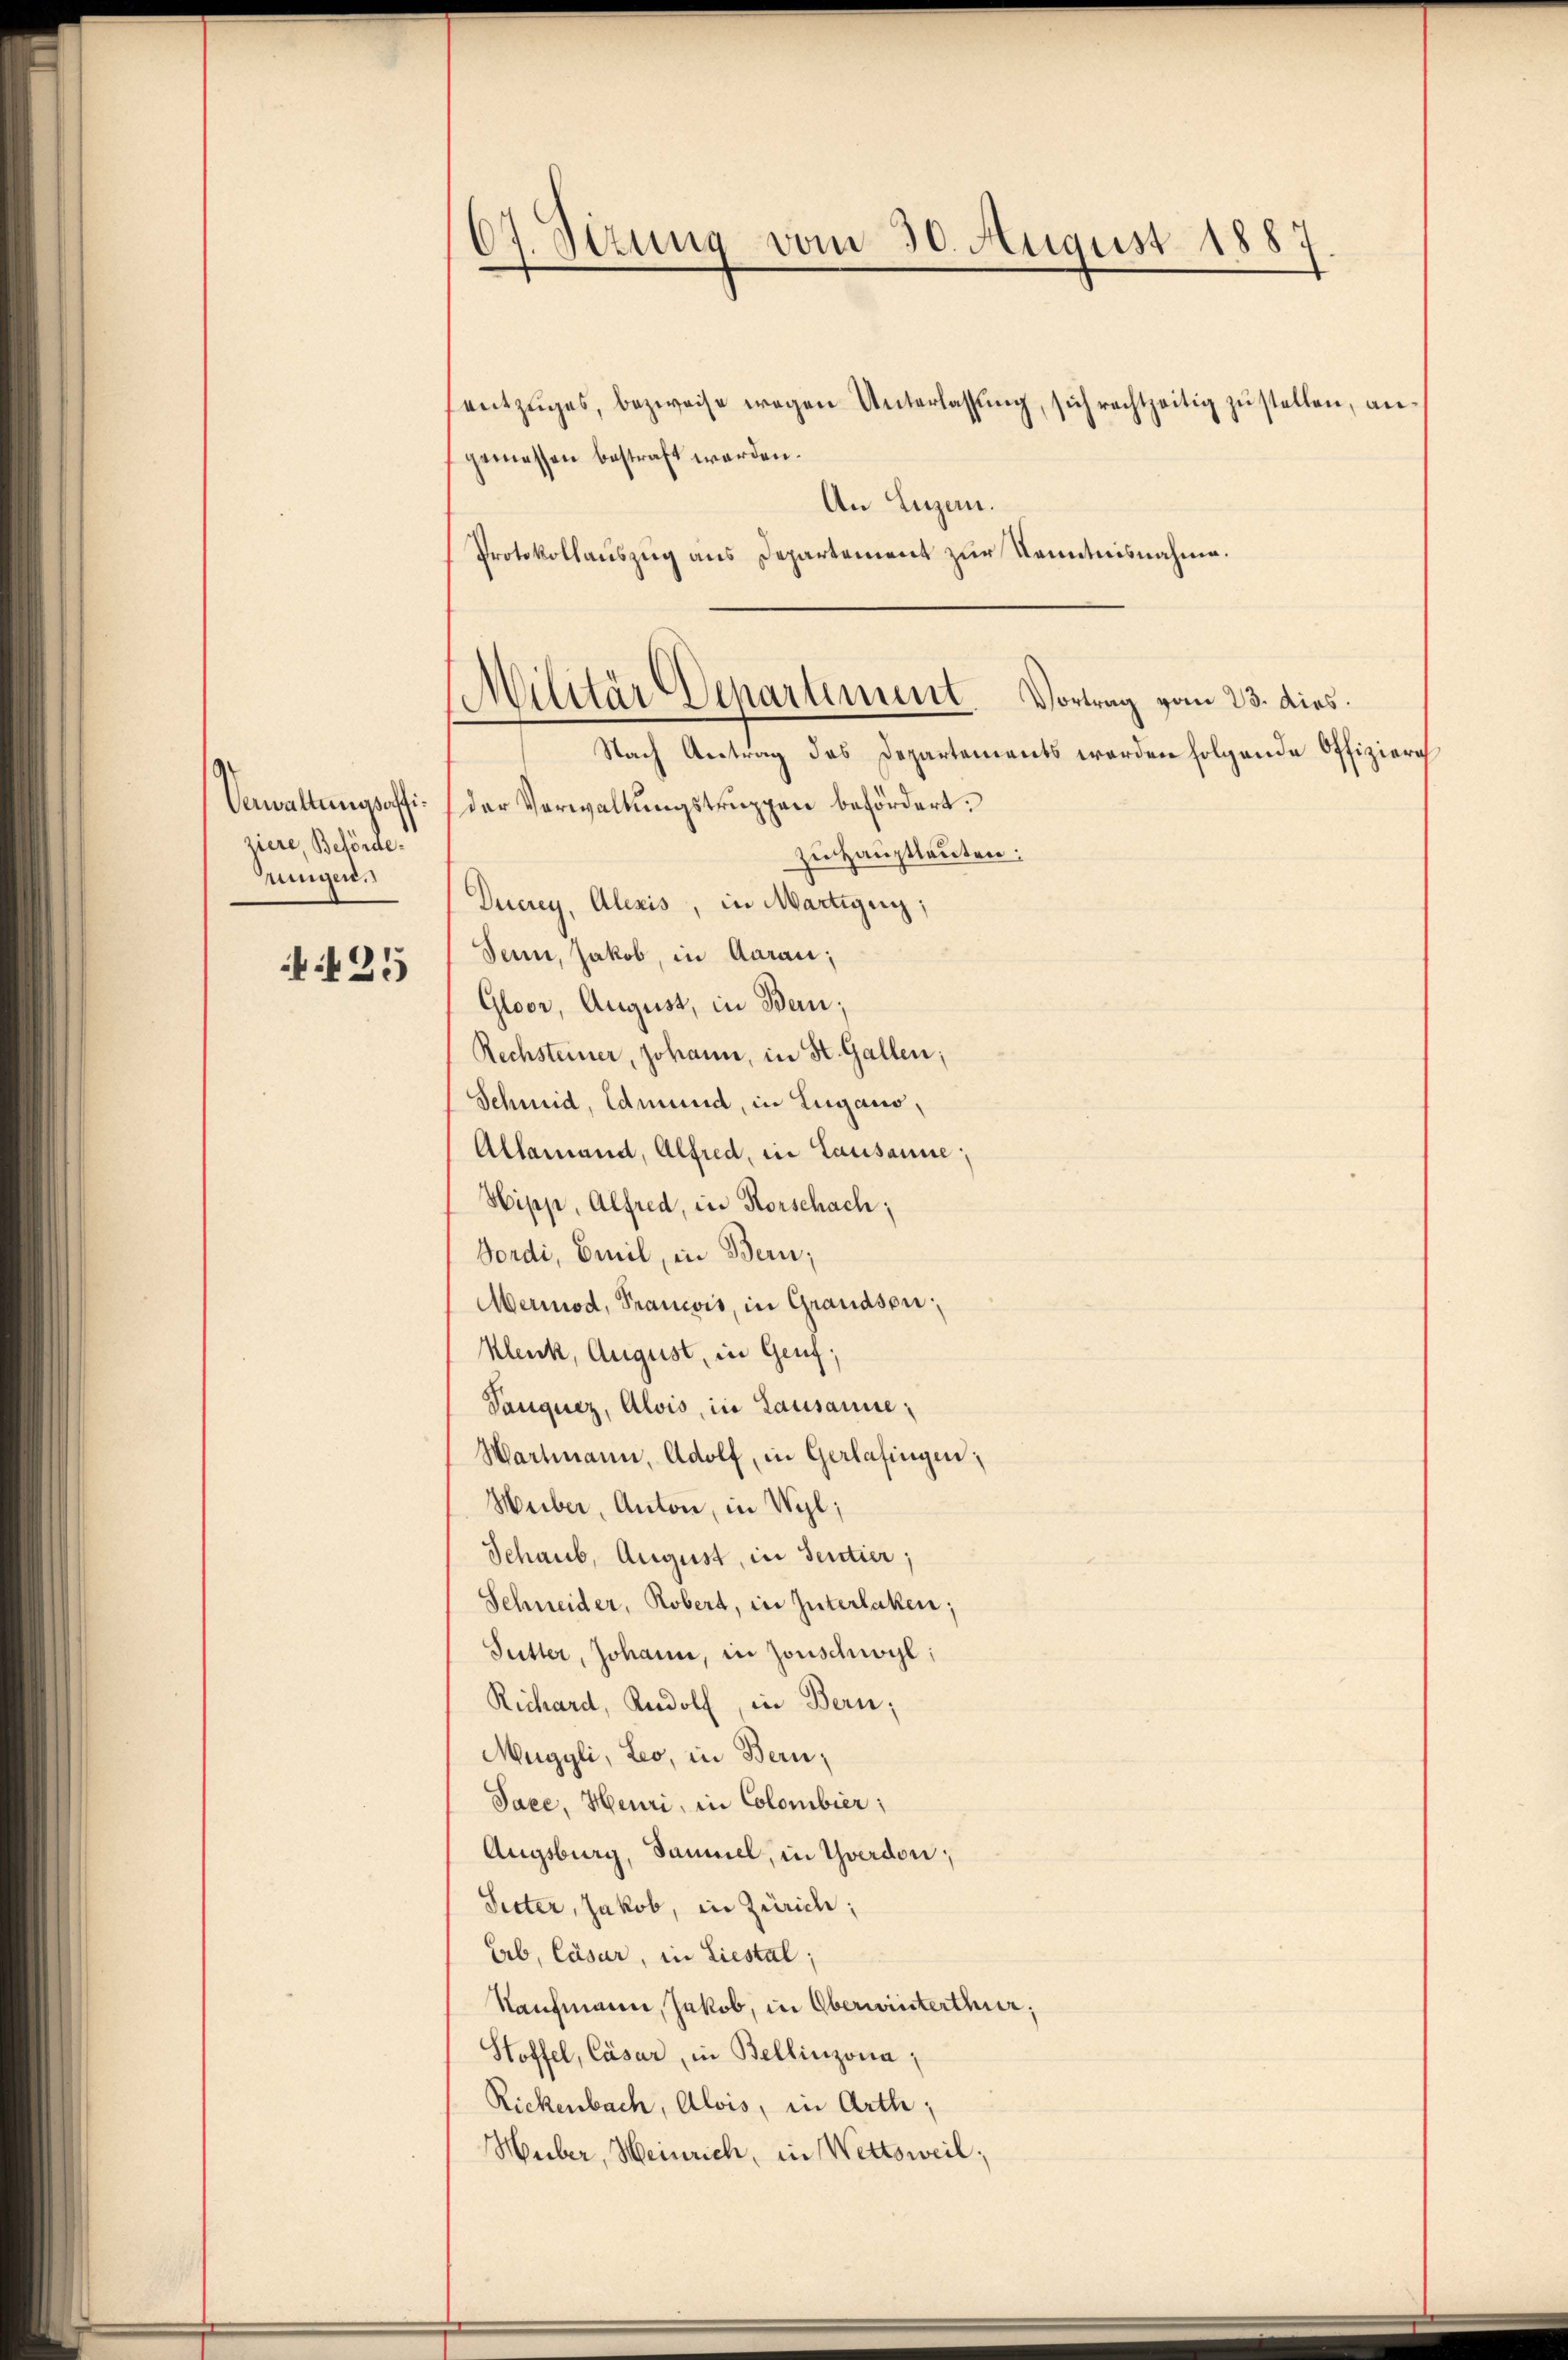
ziere, Behörderungen.

425

67. Sizung vom 30. August 1887.
.

entzuges, bezweife wegen Unterlassung, sich rechtzeitig zu stellen, angemessen bestraft werden.
An Luzern.
Protokollauszug aus Departement zur Kenntnisnahme.

Militär Departement. Vortrag vom 23. dies.
Nach Antrag des Departements werden folgende Offiziere

Verwaltungsoffi- der Verwaltungstruppen befördert.
zu Hauptlauten:
Ducrey, Alexis, in Martigung;
Senn, Jakob, in Aarau;
Gloor, August, in Bern;
Rechsteiner, Johann, in St. Gallen;
Schmid, Edmund, in Lugano,
Allamand, Alfred, in Lausanne;
Hipp, Alfred, in Rorschach;
Dordi, Emil, in Bern;
Merod, Prancois, in Grandson;
Klenk, August, in Genf;
Vauquez, Alois, in Lausanne,
Wartmann, Adolf, in Gerlafingen;
Heiber, Anton, in Wyl,
Schaub, August, in Sentier;
Schneider, Robert, in Güterlaken;
Futter, Johann, in Zonschwogl:
Richard, Rudolf, in Bern;
Muggli, Leo, in Bern;
Pace, Heuri, in Colombier;
Augsburg, Saumel, in Yverdon;
Setter, Jakob, in Zürich;
Eb, Cäsar, in Liestal,
Naufmann, Jakob, in Oberwinterthur,
Stoffel, Cäsar, in Bellinzona,
Rickenbach, Alois, in Arth;
Huber, Heinrich, in Wettsweil;